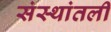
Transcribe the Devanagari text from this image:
संस्थांतली